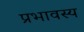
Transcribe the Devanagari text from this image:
प्रभावस्य